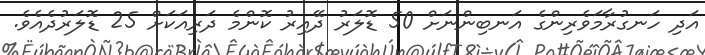
އަދި ހަނގުރާމަވެރިންގެ އަނބިންނަށް 50 ޑޮލަރު ދޭއިރު ކޮންމެ ދަރިއަކަށް 25 ޑޮލަރުދެއެވެ.